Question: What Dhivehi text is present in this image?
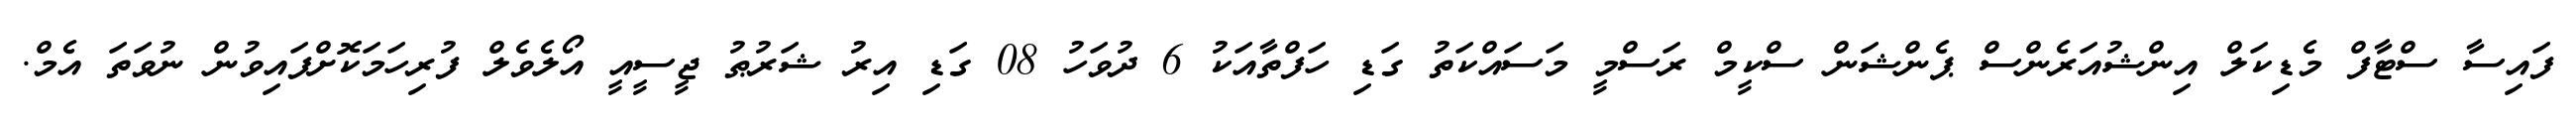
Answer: ފައިސާ ސްޓާފް މެޑިކަލް އިންޝުއަރެންސް ޕެންޝަން ސްކީމް ރަސްމީ މަސައްކަތު ގަޑި ހަފްތާއަކު 6 ދުވަހު 08 ގަޑި އިރު ޝަރުޠު ޖީސީއީ އޯލެވެލް ފުރިހަމަކޮށްފައިވުން ނުވަތަ އެމް.